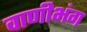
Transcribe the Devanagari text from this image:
वाणीभंग